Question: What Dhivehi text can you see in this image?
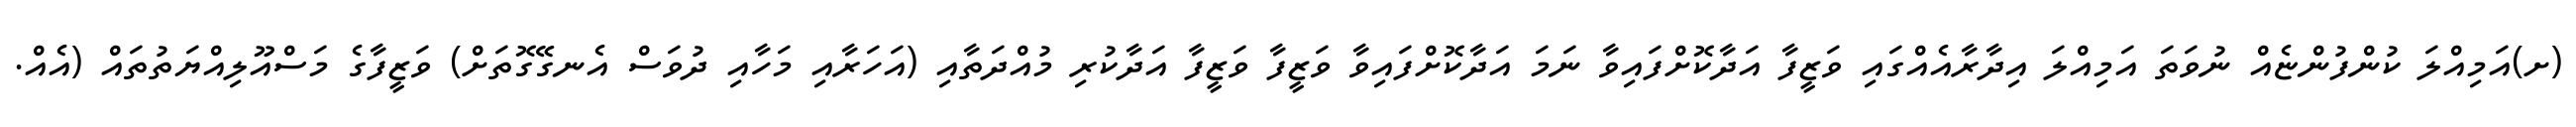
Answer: (ށ)އަމިއްލަ ކުންފުންޏެއް ނުވަތަ އަމިއްލަ އިދާރާއެއްގައި ވަޒީފާ އަދާކޮށްފައިވާ ނަމަ އަދާކޮށްފައިވާ ވަޒީފާ ވަޒީފާ އަދާކުރި މުއްދަތާއި (އަހަރާއި މަހާއި ދުވަސް އެނގޭގޮތަށް) ވަޒީފާގެ މަސްއޫލިއްޔަތުތައް (އެއް.